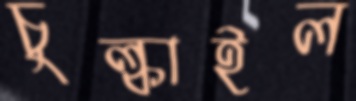
চুল্‌কাইল